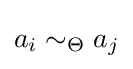
a_{i}\sim _{\Theta }a_{j}